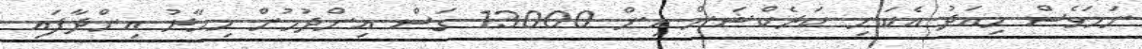
ނަމަވެސް މިއަދު އެކަނި ކަރެކްޝަން އިން 13000 ގަސް އިންދުމުން މިހާރު އިންދާފައި